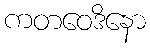
ကတဝေဒိနော